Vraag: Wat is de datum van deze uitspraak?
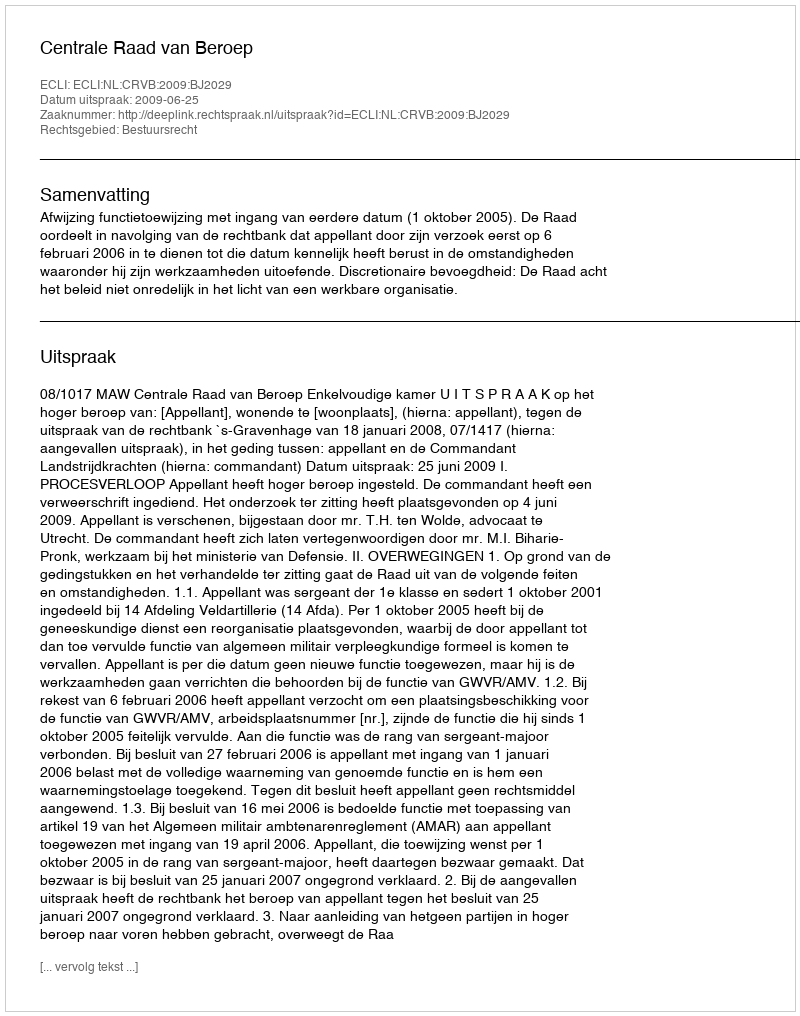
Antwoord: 2009-06-25